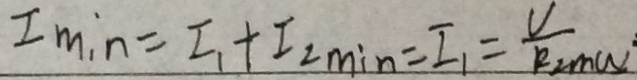
I _ { \min } = I _ { 1 } + I _ { 2 \min } = I _ { 1 } = \frac { U } { R _ { 2 \min } }